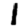
Digit: 1